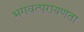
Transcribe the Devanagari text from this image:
भगवत्परायणता